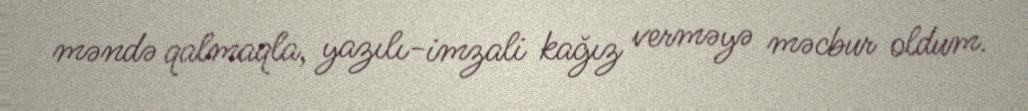
məndə qalmaqla, yazılı-imzali kağız verməyə məcbur oldum.